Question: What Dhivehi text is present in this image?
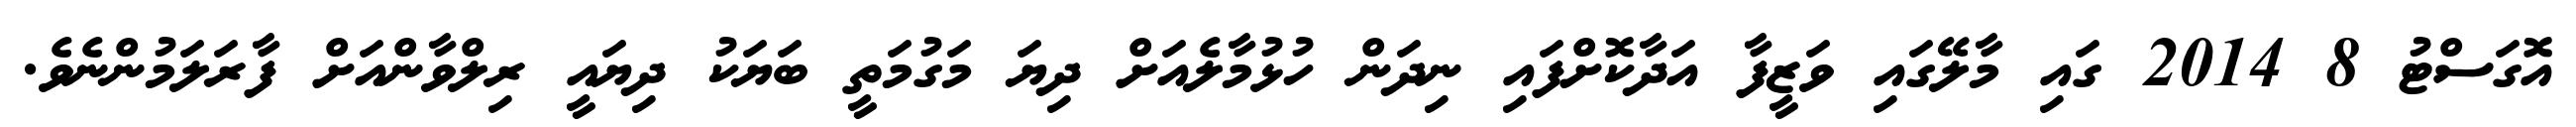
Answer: އޮގަސްޓު 8 2014 ގައި މާލޭގައި ވަޒީފާ އަދާކޮށްފައި ނިދަން ހުޅުމާލެއަށް ދިޔަ މަގުމަތީ ބަޔަކު ދިޔައީ ރިލްވާންއަށް ފާރަލަމުންނެވެ.